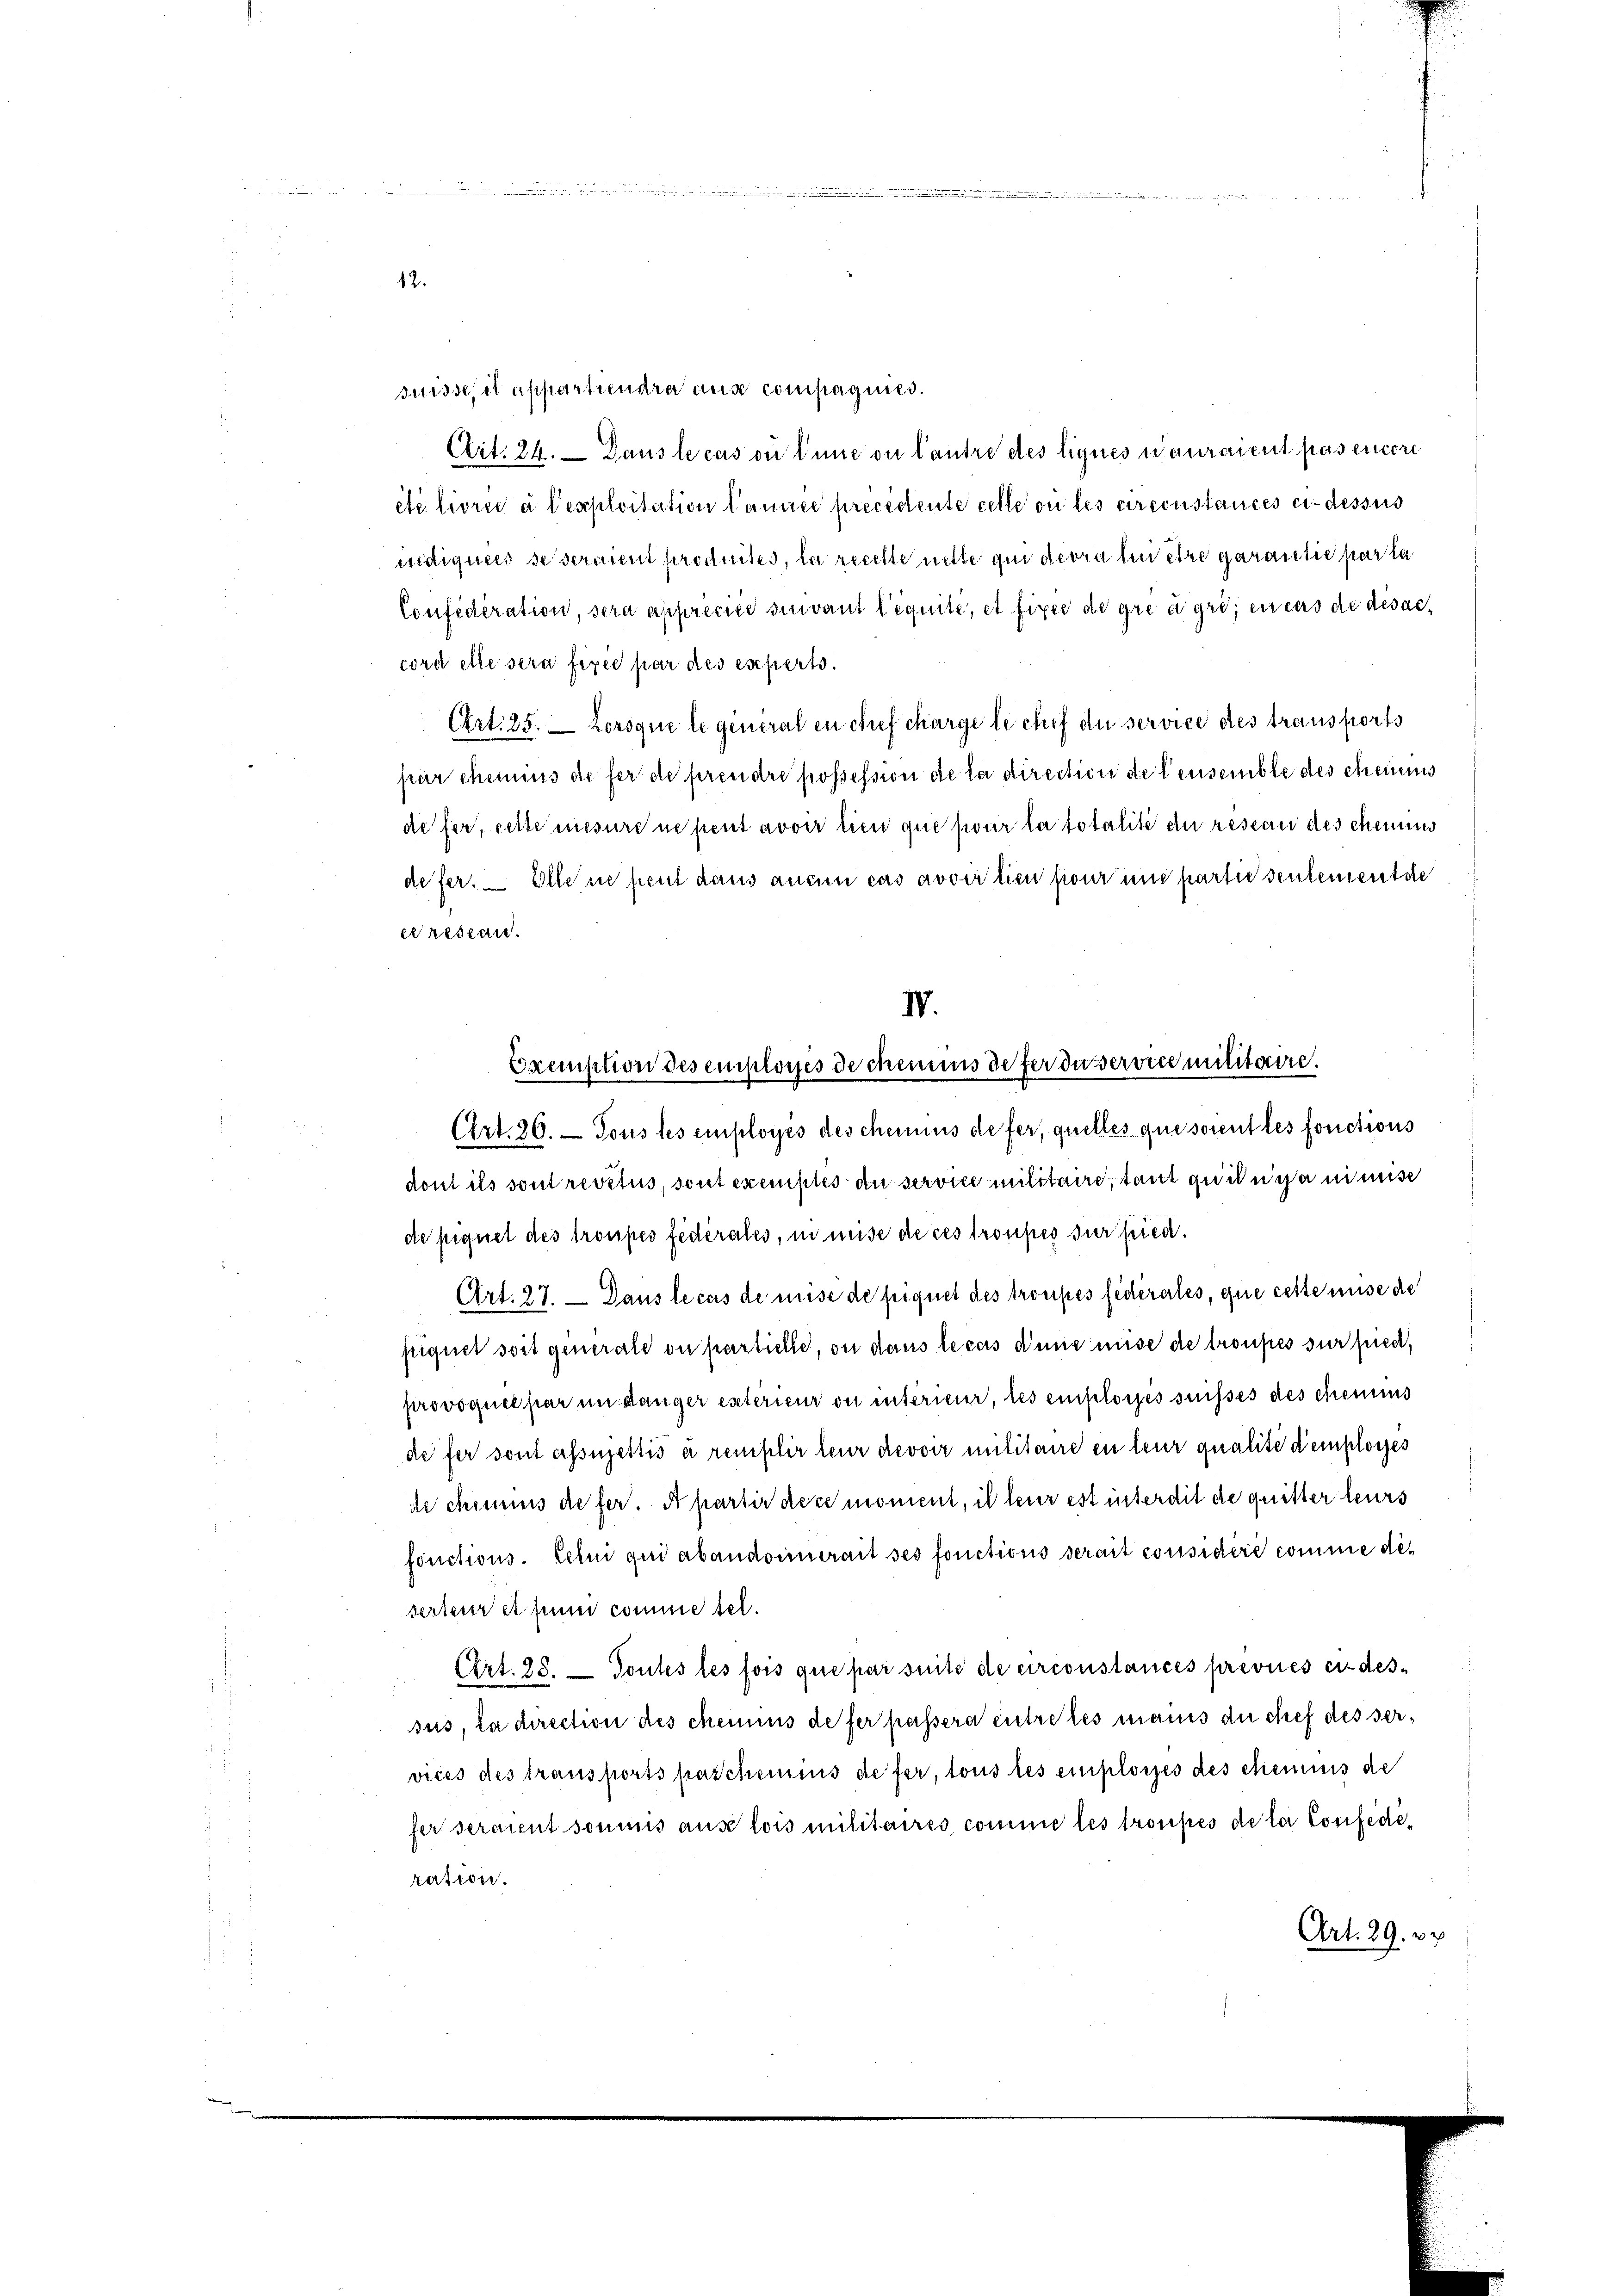
12.

und einigen ein

suisse, il appartiendra aus compagnies.
Art. 24. Dans le cas ou inne ou lautre des lignes n’auraient pas encore
etélivrée à l’exploitation Camme precedente celle ou les circonstances ci-dessus
nidtiquées de seraient produites, la recelle nitte qui devra lui être garantie par la
Confédération, sera apprecies sivant liquité, et fixer de gre agri, en cas de des ac
cord elle sera fixée par des experts.
Art. 25. Lorsque le general en chef charge le chef du service des transports
par chemins de fer de prendre possession de la direction de leusemble des cheinis
defer, cette mesure ne peut avoir lien que pour la totalite der reseau des chemis
defer. — Elle ne peut dans anei cas avver lieu pour und partie seulementde
cresian.
Art. 26. — Tous les employés des chemis de fer, quelles que soient les fonctions
dont ils sont resctus, sont exemptes du service militaire, tant quit chanimisc
de piquet des troupes fédérales, in mise de ces troupes sur fried.
Art. 27. — Dans le cas de mise de liquet des troupes federates, que cette mise de
signet soit generale ou partielle, ou dans le cas d’une mise de troupes sur pied,
provoquée par im Länger esterieur ou intérieur, les einflorpés suisses des chemis
defer sont assujettis a remplir leur devoir militaire en leur qualité d’employes
de chius de fer. A partir dece moment, il leur ist interdit de quitter leurs
fonctions. Celui qui abandonerait ses fonctions serait considéré comme die
serteur et puni comme sel.
Art. 25. Toutes les fois que par suite de circonstances prévues ci-dessus, la direction des chemnus de fer passera entretes manis du chef des vervices des transports pascheinius de fer, tous les einplosses des chemnis de
fer seraient sonius aus lois militaires comme les troupes de le Confediration.
Art. 29. xx

IV.
Exemption des employes de chemis de für dasservice militaire.